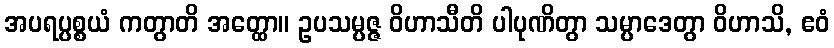
အပရပ္ပစ္စယံ ကတွာတိ အတ္ထော။ ဥပသမ္ပဇ္ဇ ဝိဟာသီတိ ပါပုဏိတွာ သမ္ပာဒေတွာ ဝိဟာသိ, ဧဝံ